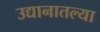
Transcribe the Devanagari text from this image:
उद्यानातल्या